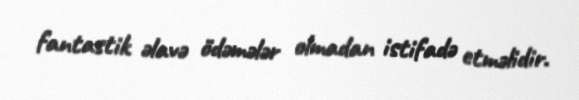
fantastik əlavə ödəmələr olmadan istifadə etməlidir.